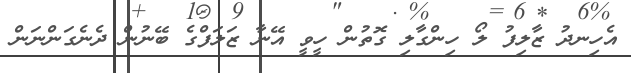
އެހިނދު ޒާލިފު ލޯ ހިންގާލި ގޮތުން ހީވީ އޭނާ ޒަލަފްގެ ބޭނުން ދެނެގަންނަން